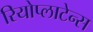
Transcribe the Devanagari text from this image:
रियोप्लाटेन्स